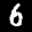
Label: 6